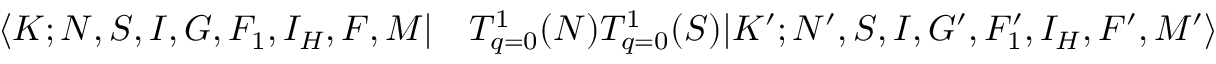
\begin{array} { r l } { \langle K ; N , S , I , G , F _ { 1 } , I _ { H } , F , M | } & { { } T _ { q = 0 } ^ { 1 } ( N ) T _ { q = 0 } ^ { 1 } ( S ) | K ^ { \prime } ; N ^ { \prime } , S , I , G ^ { \prime } , F _ { 1 } ^ { \prime } , I _ { H } , F ^ { \prime } , M ^ { \prime } \rangle } \end{array}